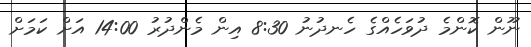
ނޫން ކޮންމެ ދުވަހެއްގެ ހެނދުނު 8:30 އިން މެންދުރު 14:00 އަށް ކަމަށް